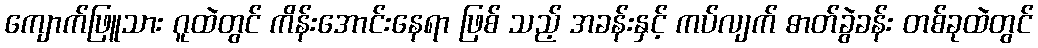
ကျောက်ဖြူသား ဂူထဲတွင် ကိန်းအောင်းနေရာ ဖြစ် သည့် အခန်းနှင့် ကပ်လျက် ဓာတ်ခွဲခန်း တစ်ခုထဲတွင်